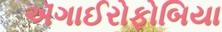
ઍગાઈરોફોબિયા